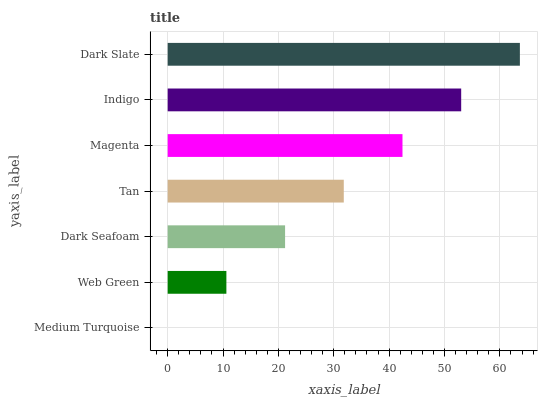
| yaxis_label | bars |
 | --- | --- |
 | Medium Turquoise | 0 |
 | Web Green | 10.6 |
 | Dark Seafoam | 21.2 |
 | Tan | 31.8 |
 | Magenta | 42.4 |
 | Indigo | 53 |
 | Dark Slate | 63.6 |